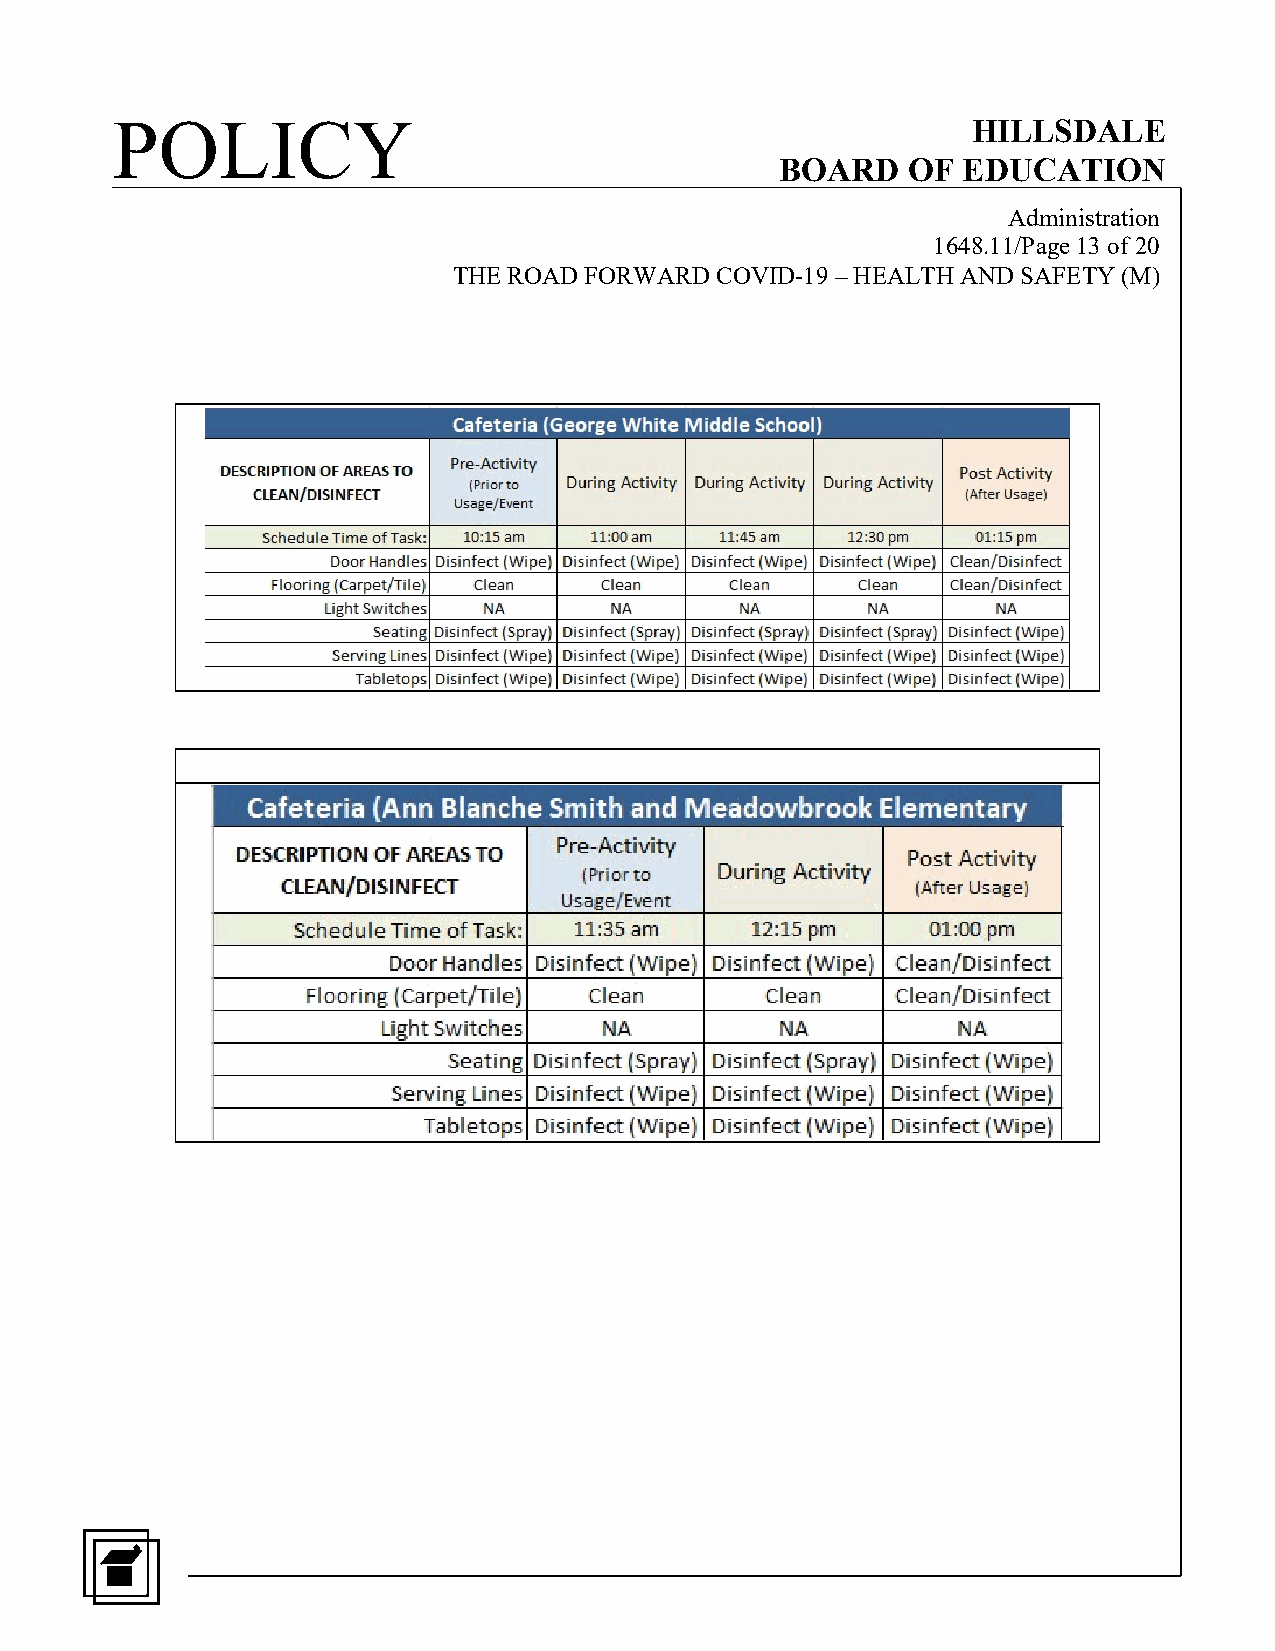
POLICY                                                   HILLSDALE
 BOARD   OF  EDUCATION
 Administration
 1648.11/Page 13 of 20
 THE ROAD FORWARD COVID-19 – HEALTH AND SAFETY (M)